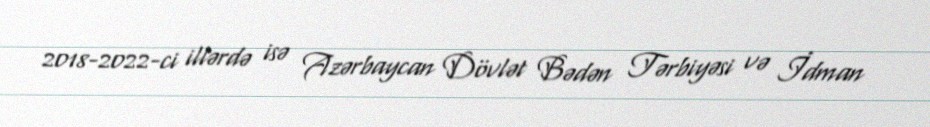
2018-2022-ci illərdə isə Azərbaycan Dövlət Bədən Tərbiyəsi və İdman